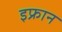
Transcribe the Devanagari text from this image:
इफ्रान